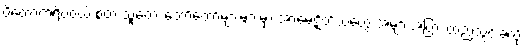
ပိတောက်ရိပ်ဝယ် စတဲ့ သူ့တေး တော်တော်များများမှာ အာမေဋိတ်သံတွေ အများအပြား ထည့်သွင်းခဲ့လို့